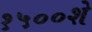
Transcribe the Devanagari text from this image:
१५००शे